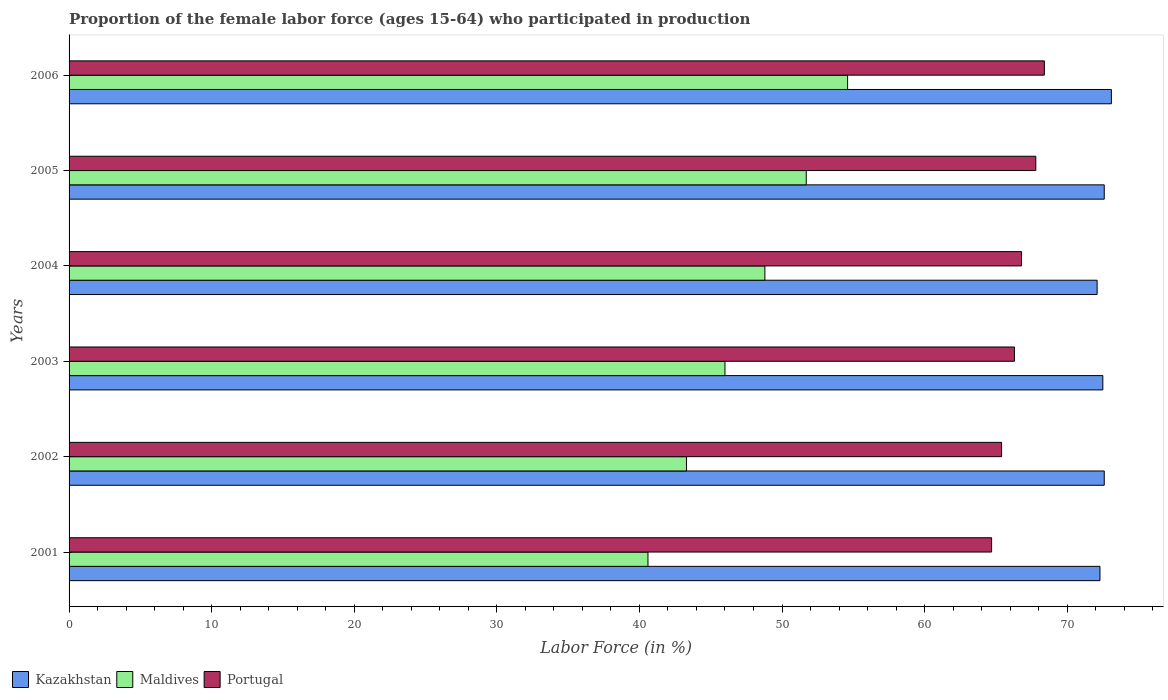
| Years | Kazakhstan | Maldives | Portugal |
 | --- | --- | --- | --- |
 | 2001 | 72.3 | 40.6 | 64.7 |
 | 2002 | 72.6 | 43.3 | 65.4 |
 | 2003 | 72.5 | 46 | 66.3 |
 | 2004 | 72.1 | 48.8 | 66.8 |
 | 2005 | 72.6 | 51.7 | 67.8 |
 | 2006 | 73.1 | 54.6 | 68.4 |